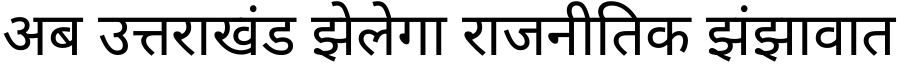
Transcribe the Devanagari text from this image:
अब उत्तराखंड झेलेगा राजनीतिक झंझावात